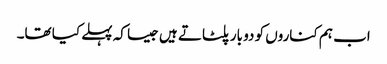
اب ہم کناروں کو دو بار پلٹاتے ہیں جیسا کہ پہلے کیا تھا۔